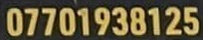
07701938125